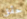
حقق